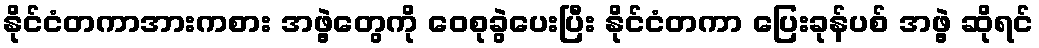
နိုင်ငံတကာအားကစား အဖွဲ့တွေကို ဝေစုခွဲပေးပြီး နိုင်ငံတကာ ပြေးခုန်ပစ် အဖွဲ့ ဆိုရင်